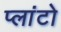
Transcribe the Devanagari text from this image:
प्‍लांटो